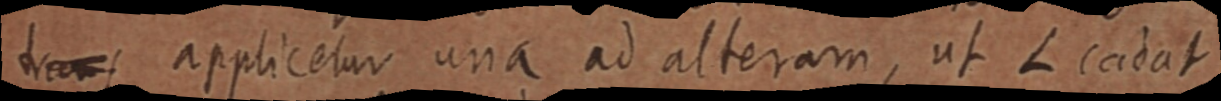
tans applicetur ana ad alteram, ut L cadati